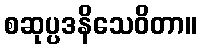
စဆုပ္ပဒနိသေဝိတာ။